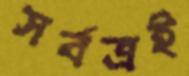
সর্বত্রই